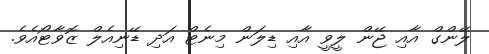
ލޭންގް އާއި ޖޭން ލީވީ އާއި ޑިލަން މިނެޓް އަދި ޑޭނިއެލް ޒޮވާޓޯއެވެ.